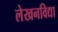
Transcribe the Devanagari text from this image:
लेखनविद्या